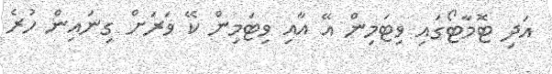
އަދި ޓޮމާޓޯގައި ވިޓަމިން އޭ އާއި ވިޓަމިން ކޭ ވަރަށް ގިނައިން ހުރެ